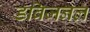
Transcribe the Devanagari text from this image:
डविजनल